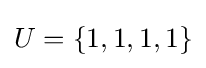
U=\{1,1,1,1\}